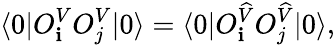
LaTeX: \langle0|O_{\mathbf{i}}^{V}O_{j}^{V}|0\rangle=\langle0|O_{\mathbf{i}}^{\widehat{{V}}}O_{j}^{\widehat{{V}}}|0\rangle,